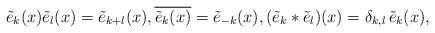
LaTeX: \begin{align*} \tilde e_k(x) \tilde e_l(x)= \tilde e_{k+l}(x),\overline{\tilde e_k(x)}= \tilde e_{-k}(x), (\tilde e_k\ast \tilde e_l)(x) = \delta_{k,l}\, \tilde e_k(x), \end{align*}